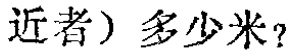
近者）多少米？